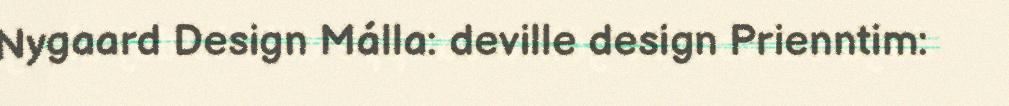
Nygaard Design Málla: deville design Prienntim: